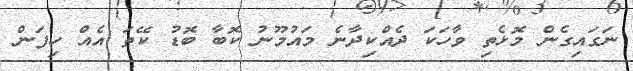
ނަގައިގެން މޮޅެތި ވާހަކަ ދެއްކިދާނެ މައުމޫނު ކޮބާ ބޮޑު ކޭތަ އެއް ހިފަން